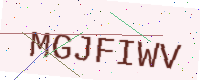
Text: MGJFIWV